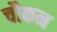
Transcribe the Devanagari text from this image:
चौकन